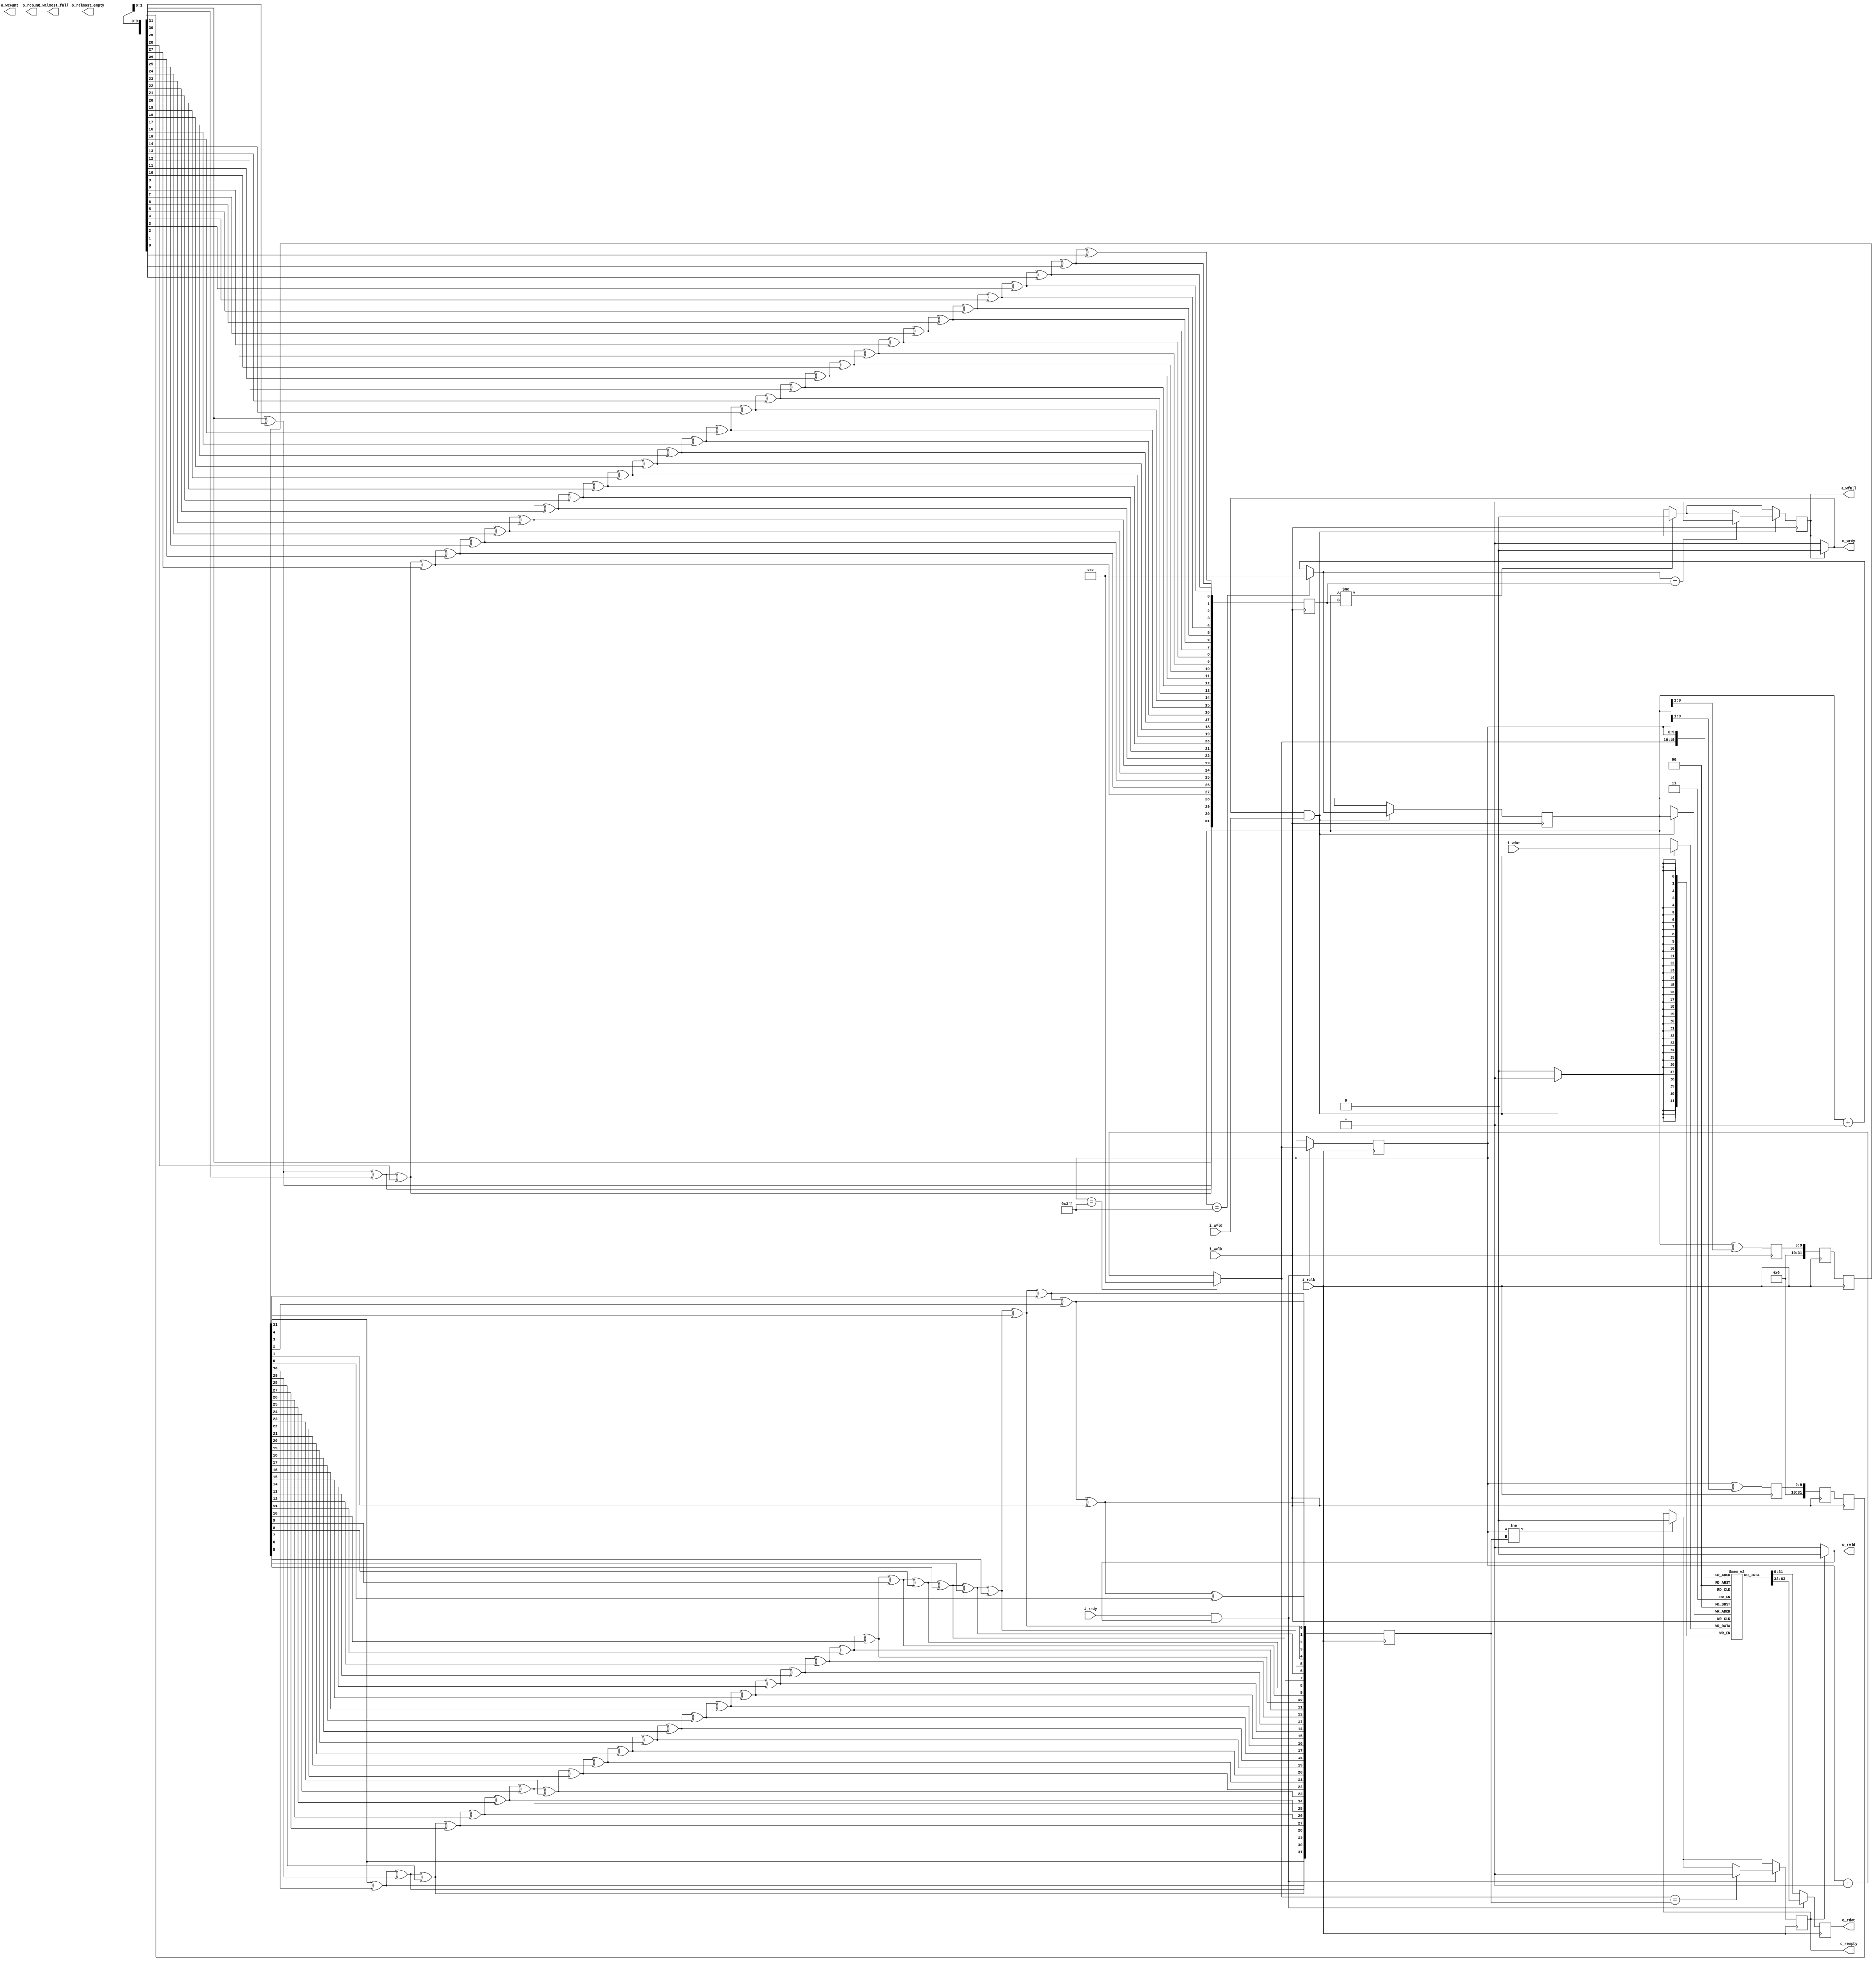
`timescale 1 ns / 1 ps

module libhdl_fifo_ic
#(  parameter DATA_LEN = 32,
    parameter DEPTH = 1024,
    parameter FILL_CNT_ENA = 1,
    parameter ALMOST_EMPTY_ENA = 1,
    parameter ALMOST_FULL_ENA = 1,
    parameter ALMOST_EMPTY_CNT = (DEPTH/4),
    parameter ALMOST_FULL_CNT = (DEPTH - DEPTH/4))
(   input  wire                i_wclk,
    output wire                o_wrdy,
    input  wire                i_wvld,
    input  wire [DATA_LEN-1:0] i_wdat,
    output wire                o_wfull,
    output wire                o_walmost_full,
    output wire                o_wcount,
    input  wire                i_rclk,
    input  wire                i_rrdy,
    output wire                o_rvld,
    output wire [DATA_LEN-1:0] o_rdat,
    output wire                o_rempty,
    output wire                o_ralmost_empty,
    output wire                o_rcount);

`ifdef LIBHDL_ASSERT
assert(ALMOST_FULL_CNT <= DEPTH && ALMOST_EMPTY_CNT >= 0);
assert((FILL_CNT_ENA ~^ ALMOST_EMPTY_ENA) && (FILL_CNT_ENA ~^ ALMOST_FULL_ENA))
`endif

localparam PTRLEN = $clog2(DEPTH);

reg [DATA_LEN-1:0] mem [DEPTH-1:0];

reg [PTRLEN-1:0] wptr = 'd0;
wire [PTRLEN-1:0] wptr_nxt;
wire whandshk;
reg wfull = 1'b0;

reg [DATA_LEN-1:0] rdat_reg;
reg [PTRLEN-1:0] rptr = 'd0;
wire [PTRLEN-1:0] rptr_nxt;
wire rhandshk;
reg rempty = 1'b1;

localparam CDC_NFF = 2;

reg [DATA_LEN-1:0] wptr_gray = 'd0;
(* ASYNC_REG = "TRUE" *)
reg [DATA_LEN-1:0] wcdc_rptr_gray [CDC_NFF-1:0];
reg [DATA_LEN-1:0] wcdc_rptr = 'd0;

reg [DATA_LEN-1:0] rptr_gray = 'd0;
(* ASYNC_REG = "TRUE" *)
reg [DATA_LEN-1:0] rcdc_wptr_gray [CDC_NFF-1:0];
reg [DATA_LEN-1:0] rcdc_wptr = 'd0;

function [DATA_LEN-1:0] bin2gray;
    input [DATA_LEN-1:0] bin;
begin
    bin2gray = bin ^ {1'b0, bin[DATA_LEN-1:1]};
end
endfunction

function [DATA_LEN-1:0] gray2bin;
    input [DATA_LEN-1:0] gray;
    reg [DATA_LEN-1:0] tmp;
    integer i;
begin
    tmp = 'd0;
    tmp[DATA_LEN-1] = gray[DATA_LEN-1];
    for (i = DATA_LEN - 2; i >= 0; i = i - 1) begin
        tmp[i] = tmp[i+1] ^ gray[i];
    end
    gray2bin = tmp;
end
endfunction

/* Write clock domain (i_wclk). ***********************************************/

// Write data path.
always @ (posedge i_wclk)
begin
    if (whandshk == 1'b1) begin
        mem[wptr] <= i_wdat;
    end
end

// Write control.
assign o_wrdy = (wfull == 1'b1) ? 1'b0 : 1'b1;
assign whandshk = (o_wrdy && i_wvld);
assign wptr_nxt = (wptr == DEPTH-1) ? 'd0 : (wptr + 1);

always @ (posedge i_wclk)
begin
    if (wptr != wcdc_rptr) begin
        wfull <= 1'b0;
    end
    if (whandshk == 1'b1) begin
        wptr <= wptr_nxt;
        if (wptr_nxt == wcdc_rptr) begin
            wfull <= 1'b1;
        end
    end
end

assign o_wfull = wfull;

/* CDC write clock domain (i_rclk) to read clock domain (i_rclkd) and vice versa. */

integer i;

always @ (posedge i_wclk)
begin
    wptr_gray <= bin2gray(wptr);
    wcdc_rptr_gray[0] <= rptr_gray;
    for (i = 1; i < CDC_NFF; i = i + 1) begin
        wcdc_rptr_gray[i] <= wcdc_rptr_gray[i-1];
    end
    wcdc_rptr <= gray2bin(wcdc_rptr_gray[CDC_NFF-1]);
end

always @ (posedge i_rclk)
begin
    rptr_gray <= bin2gray(rptr);
    rcdc_wptr_gray[0] <= wptr_gray;
    for (i = 1; i < CDC_NFF; i = i + 1) begin
        rcdc_wptr_gray[i] <= rcdc_wptr_gray[i-1];
    end
    rcdc_wptr <= gray2bin(rcdc_wptr_gray[CDC_NFF-1]);
end

/* Read clock domain (i_rclk). ************************************************/

// Read data path.
always @ (posedge i_rclk)
begin
    if (rhandshk == 1'b1) begin
        rdat_reg <= mem[rptr_nxt];
    end else begin
        rdat_reg <= mem[rptr];
    end
end

// Read control.
assign o_rvld = (rempty == 1'b1) ? 1'b0 : 1'b1;
assign rhandshk = (i_rrdy && o_rvld);
assign rptr_nxt = (rptr == DEPTH-1) ? 'd0 : (rptr + 1);

always @ (posedge i_rclk)
begin
    if (rptr != rcdc_wptr) begin
        rempty <= 1'b0;
    end
    if (rhandshk == 1'b1) begin
        rptr <= rptr_nxt;
        if (rptr_nxt == rcdc_wptr) begin
            rempty <= 1'b1;
        end
    end
end

assign o_rempty = rempty;
assign o_rdat = rdat_reg;

endmodule